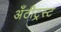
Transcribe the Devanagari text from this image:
अँटीट्रस्ट